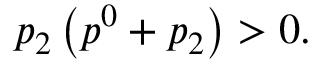
p _ { 2 } \left( p ^ { 0 } + p _ { 2 } \right) > 0 .